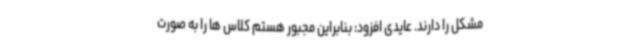
مشکل را دارند. عایدی افزود: بنابراین مجبور هستم کلاس ها را به صورت